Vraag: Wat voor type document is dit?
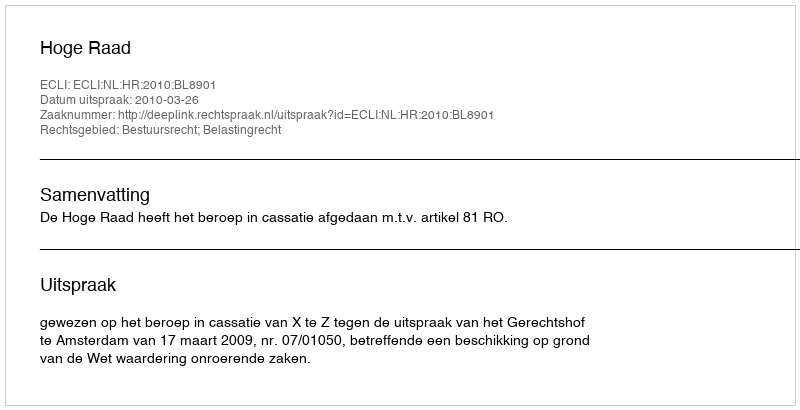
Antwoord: Uitspraak